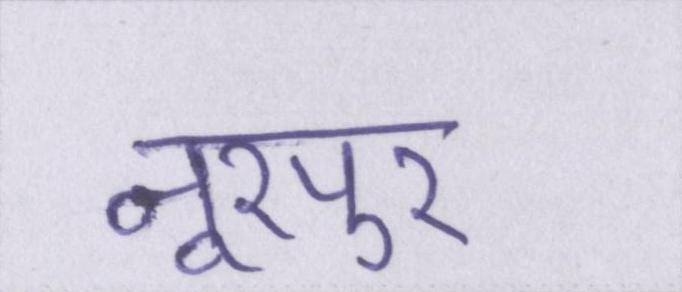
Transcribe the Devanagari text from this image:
नूरपुर